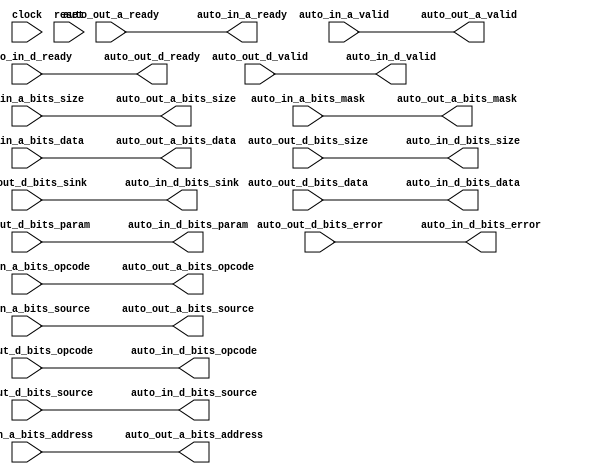
// Copyright (c) 2017, Microsemi Corporation
// All rights reserved.
//
// Redistribution and use in source and binary forms, with or without
// modification, are permitted provided that the following conditions are met:
//     * Redistributions of source code must retain the above copyright
//       notice, this list of conditions and the following disclaimer.
//     * Redistributions in binary form must reproduce the above copyright
//       notice, this list of conditions and the following disclaimer in the
//       documentation and/or other materials provided with the distribution.
//     * Neither the name of the <organization> nor the
//       names of its contributors may be used to endorse or promote products
//       derived from this software without specific prior written permission.
//
// THIS SOFTWARE IS PROVIDED BY THE COPYRIGHT HOLDERS AND CONTRIBUTORS "AS IS" AND
// ANY EXPRESS OR IMPLIED WARRANTIES, INCLUDING, BUT NOT LIMITED TO, THE IMPLIED
// WARRANTIES OF MERCHANTABILITY AND FITNESS FOR A PARTICULAR PURPOSE ARE
// DISCLAIMED. IN NO EVENT SHALL MICROSEMI CORPORATIONM BE LIABLE FOR ANY
// DIRECT, INDIRECT, INCIDENTAL, SPECIAL, EXEMPLARY, OR CONSEQUENTIAL DAMAGES
// (INCLUDING, BUT NOT LIMITED TO, PROCUREMENT OF SUBSTITUTE GOODS OR SERVICES;
// LOSS OF USE, DATA, OR PROFITS; OR BUSINESS INTERRUPTION) HOWEVER CAUSED AND
// ON ANY THEORY OF LIABILITY, WHETHER IN CONTRACT, STRICT LIABILITY, OR TORT
// (INCLUDING NEGLIGENCE OR OTHERWISE) ARISING IN ANY WAY OUT OF THE USE OF THIS
// SOFTWARE, EVEN IF ADVISED OF THE POSSIBILITY OF SUCH DAMAGE.
//
// APACHE LICENSE
// Copyright (c) 2017, Microsemi Corporation 
//
// Licensed under the Apache License, Version 2.0 (the "License");
// you may not use this file except in compliance with the License.
// You may obtain a copy of the License at
//
//    http://www.apache.org/licenses/LICENSE-2.0
//
// Unless required by applicable law or agreed to in writing, software
// distributed under the License is distributed on an "AS IS" BASIS,
// WITHOUT WARRANTIES OR CONDITIONS OF ANY KIND, either express or implied.
// See the License for the specific language governing permissions and
// limitations under the License.
//
// Description:
//
// SVN Revision Information:
// SVN $Revision: $
// SVN $Date: $
//
// Resolved SARs
// SAR      Date     Who   Description
//
// Notes:
//
// ****************************************************************************/
`ifndef RANDOMIZE_REG_INIT 
	 `define RANDOMIZE_REG_INIT 
 `endif
`ifndef RANDOMIZE_MEM_INIT 
	 `define RANDOMIZE_MEM_INIT 
 `endif
`ifndef RANDOMIZE 
	 `define RANDOMIZE 
`endif

`timescale 1ns/10ps
module MiV_AXI_MiV_AXI_0_MIV_RV32IMA_L1_AXI_TLXBAR_MEMORY_BUS( // @[:freechips.rocketchip.system.MivRV32ImaL1AhbConfig.fir@5293.2]
  input         clock, // @[:freechips.rocketchip.system.MivRV32ImaL1AhbConfig.fir@5294.4]
  input         reset, // @[:freechips.rocketchip.system.MivRV32ImaL1AhbConfig.fir@5295.4]
  output        auto_in_a_ready, // @[:freechips.rocketchip.system.MivRV32ImaL1AhbConfig.fir@5296.4]
  input         auto_in_a_valid, // @[:freechips.rocketchip.system.MivRV32ImaL1AhbConfig.fir@5296.4]
  input  [2:0]  auto_in_a_bits_opcode, // @[:freechips.rocketchip.system.MivRV32ImaL1AhbConfig.fir@5296.4]
  input  [2:0]  auto_in_a_bits_size, // @[:freechips.rocketchip.system.MivRV32ImaL1AhbConfig.fir@5296.4]
  input  [2:0]  auto_in_a_bits_source, // @[:freechips.rocketchip.system.MivRV32ImaL1AhbConfig.fir@5296.4]
  input  [31:0] auto_in_a_bits_address, // @[:freechips.rocketchip.system.MivRV32ImaL1AhbConfig.fir@5296.4]
  input  [7:0]  auto_in_a_bits_mask, // @[:freechips.rocketchip.system.MivRV32ImaL1AhbConfig.fir@5296.4]
  input  [63:0] auto_in_a_bits_data, // @[:freechips.rocketchip.system.MivRV32ImaL1AhbConfig.fir@5296.4]
  input         auto_in_d_ready, // @[:freechips.rocketchip.system.MivRV32ImaL1AhbConfig.fir@5296.4]
  output        auto_in_d_valid, // @[:freechips.rocketchip.system.MivRV32ImaL1AhbConfig.fir@5296.4]
  output [2:0]  auto_in_d_bits_opcode, // @[:freechips.rocketchip.system.MivRV32ImaL1AhbConfig.fir@5296.4]
  output [1:0]  auto_in_d_bits_param, // @[:freechips.rocketchip.system.MivRV32ImaL1AhbConfig.fir@5296.4]
  output [2:0]  auto_in_d_bits_size, // @[:freechips.rocketchip.system.MivRV32ImaL1AhbConfig.fir@5296.4]
  output [2:0]  auto_in_d_bits_source, // @[:freechips.rocketchip.system.MivRV32ImaL1AhbConfig.fir@5296.4]
  output        auto_in_d_bits_sink, // @[:freechips.rocketchip.system.MivRV32ImaL1AhbConfig.fir@5296.4]
  output [63:0] auto_in_d_bits_data, // @[:freechips.rocketchip.system.MivRV32ImaL1AhbConfig.fir@5296.4]
  output        auto_in_d_bits_error, // @[:freechips.rocketchip.system.MivRV32ImaL1AhbConfig.fir@5296.4]
  input         auto_out_a_ready, // @[:freechips.rocketchip.system.MivRV32ImaL1AhbConfig.fir@5296.4]
  output        auto_out_a_valid, // @[:freechips.rocketchip.system.MivRV32ImaL1AhbConfig.fir@5296.4]
  output [2:0]  auto_out_a_bits_opcode, // @[:freechips.rocketchip.system.MivRV32ImaL1AhbConfig.fir@5296.4]
  output [2:0]  auto_out_a_bits_size, // @[:freechips.rocketchip.system.MivRV32ImaL1AhbConfig.fir@5296.4]
  output [2:0]  auto_out_a_bits_source, // @[:freechips.rocketchip.system.MivRV32ImaL1AhbConfig.fir@5296.4]
  output [31:0] auto_out_a_bits_address, // @[:freechips.rocketchip.system.MivRV32ImaL1AhbConfig.fir@5296.4]
  output [7:0]  auto_out_a_bits_mask, // @[:freechips.rocketchip.system.MivRV32ImaL1AhbConfig.fir@5296.4]
  output [63:0] auto_out_a_bits_data, // @[:freechips.rocketchip.system.MivRV32ImaL1AhbConfig.fir@5296.4]
  output        auto_out_d_ready, // @[:freechips.rocketchip.system.MivRV32ImaL1AhbConfig.fir@5296.4]
  input         auto_out_d_valid, // @[:freechips.rocketchip.system.MivRV32ImaL1AhbConfig.fir@5296.4]
  input  [2:0]  auto_out_d_bits_opcode, // @[:freechips.rocketchip.system.MivRV32ImaL1AhbConfig.fir@5296.4]
  input  [1:0]  auto_out_d_bits_param, // @[:freechips.rocketchip.system.MivRV32ImaL1AhbConfig.fir@5296.4]
  input  [2:0]  auto_out_d_bits_size, // @[:freechips.rocketchip.system.MivRV32ImaL1AhbConfig.fir@5296.4]
  input  [2:0]  auto_out_d_bits_source, // @[:freechips.rocketchip.system.MivRV32ImaL1AhbConfig.fir@5296.4]
  input         auto_out_d_bits_sink, // @[:freechips.rocketchip.system.MivRV32ImaL1AhbConfig.fir@5296.4]
  input  [63:0] auto_out_d_bits_data, // @[:freechips.rocketchip.system.MivRV32ImaL1AhbConfig.fir@5296.4]
  input         auto_out_d_bits_error // @[:freechips.rocketchip.system.MivRV32ImaL1AhbConfig.fir@5296.4]
);
  wire  _T_847; // @[Arbiter.scala 66:62:freechips.rocketchip.system.MivRV32ImaL1AhbConfig.fir@5431.4]
  wire  _T_855; // @[Arbiter.scala 68:36:freechips.rocketchip.system.MivRV32ImaL1AhbConfig.fir@5441.4]
  wire  _T_857; // @[Arbiter.scala 68:14:freechips.rocketchip.system.MivRV32ImaL1AhbConfig.fir@5443.4]
  wire  _T_859; // @[Arbiter.scala 68:14:freechips.rocketchip.system.MivRV32ImaL1AhbConfig.fir@5444.4]
  wire  _T_924; // @[Arbiter.scala 66:62:freechips.rocketchip.system.MivRV32ImaL1AhbConfig.fir@5481.4]
  wire  _T_932; // @[Arbiter.scala 68:36:freechips.rocketchip.system.MivRV32ImaL1AhbConfig.fir@5491.4]
  wire  _T_934; // @[Arbiter.scala 68:14:freechips.rocketchip.system.MivRV32ImaL1AhbConfig.fir@5493.4]
  wire  _T_936; // @[Arbiter.scala 68:14:freechips.rocketchip.system.MivRV32ImaL1AhbConfig.fir@5494.4]
  assign _T_847 = auto_in_a_valid == 1'h0; // @[Arbiter.scala 66:62:freechips.rocketchip.system.MivRV32ImaL1AhbConfig.fir@5431.4]
  assign _T_855 = _T_847 | auto_in_a_valid; // @[Arbiter.scala 68:36:freechips.rocketchip.system.MivRV32ImaL1AhbConfig.fir@5441.4]
  assign _T_857 = _T_855 | reset; // @[Arbiter.scala 68:14:freechips.rocketchip.system.MivRV32ImaL1AhbConfig.fir@5443.4]
  assign _T_859 = _T_857 == 1'h0; // @[Arbiter.scala 68:14:freechips.rocketchip.system.MivRV32ImaL1AhbConfig.fir@5444.4]
  assign _T_924 = auto_out_d_valid == 1'h0; // @[Arbiter.scala 66:62:freechips.rocketchip.system.MivRV32ImaL1AhbConfig.fir@5481.4]
  assign _T_932 = _T_924 | auto_out_d_valid; // @[Arbiter.scala 68:36:freechips.rocketchip.system.MivRV32ImaL1AhbConfig.fir@5491.4]
  assign _T_934 = _T_932 | reset; // @[Arbiter.scala 68:14:freechips.rocketchip.system.MivRV32ImaL1AhbConfig.fir@5493.4]
  assign _T_936 = _T_934 == 1'h0; // @[Arbiter.scala 68:14:freechips.rocketchip.system.MivRV32ImaL1AhbConfig.fir@5494.4]
  assign auto_in_a_ready = auto_out_a_ready;
  assign auto_in_d_valid = auto_out_d_valid;
  assign auto_in_d_bits_opcode = auto_out_d_bits_opcode;
  assign auto_in_d_bits_param = auto_out_d_bits_param;
  assign auto_in_d_bits_size = auto_out_d_bits_size;
  assign auto_in_d_bits_source = auto_out_d_bits_source;
  assign auto_in_d_bits_sink = auto_out_d_bits_sink;
  assign auto_in_d_bits_data = auto_out_d_bits_data;
  assign auto_in_d_bits_error = auto_out_d_bits_error;
  assign auto_out_a_valid = auto_in_a_valid;
  assign auto_out_a_bits_opcode = auto_in_a_bits_opcode;
  assign auto_out_a_bits_size = auto_in_a_bits_size;
  assign auto_out_a_bits_source = auto_in_a_bits_source;
  assign auto_out_a_bits_address = auto_in_a_bits_address;
  assign auto_out_a_bits_mask = auto_in_a_bits_mask;
  assign auto_out_a_bits_data = auto_in_a_bits_data;
  assign auto_out_d_ready = auto_in_d_ready;
  always @(posedge clock) begin
    `ifndef SYNTHESIS
    `ifdef PRINTF_COND
      if (`PRINTF_COND) begin
    `endif
        if (1'h0) begin
          $fwrite(32'h80000002,"Assertion failed\n    at Arbiter.scala:66 assert((prefixOR zip winner) map { case (p,w) => !p || !w } reduce {_ && _})\n"); // @[Arbiter.scala 66:13:freechips.rocketchip.system.MivRV32ImaL1AhbConfig.fir@5437.6]
        end
    `ifdef PRINTF_COND
      end
    `endif
    `endif // SYNTHESIS
    `ifndef SYNTHESIS
    `ifdef STOP_COND
      if (`STOP_COND) begin
    `endif
        if (1'h0) begin
          $fatal; // @[Arbiter.scala 66:13:freechips.rocketchip.system.MivRV32ImaL1AhbConfig.fir@5438.6]
        end
    `ifdef STOP_COND
      end
    `endif
    `endif // SYNTHESIS
    `ifndef SYNTHESIS
    `ifdef PRINTF_COND
      if (`PRINTF_COND) begin
    `endif
        if (_T_859) begin
          $fwrite(32'h80000002,"Assertion failed\n    at Arbiter.scala:68 assert (!valids.reduce(_||_) || winner.reduce(_||_))\n"); // @[Arbiter.scala 68:14:freechips.rocketchip.system.MivRV32ImaL1AhbConfig.fir@5446.6]
        end
    `ifdef PRINTF_COND
      end
    `endif
    `endif // SYNTHESIS
    `ifndef SYNTHESIS
    `ifdef STOP_COND
      if (`STOP_COND) begin
    `endif
        if (_T_859) begin
          $fatal; // @[Arbiter.scala 68:14:freechips.rocketchip.system.MivRV32ImaL1AhbConfig.fir@5447.6]
        end
    `ifdef STOP_COND
      end
    `endif
    `endif // SYNTHESIS
    `ifndef SYNTHESIS
    `ifdef PRINTF_COND
      if (`PRINTF_COND) begin
    `endif
        if (1'h0) begin
          $fwrite(32'h80000002,"Assertion failed\n    at Arbiter.scala:66 assert((prefixOR zip winner) map { case (p,w) => !p || !w } reduce {_ && _})\n"); // @[Arbiter.scala 66:13:freechips.rocketchip.system.MivRV32ImaL1AhbConfig.fir@5487.6]
        end
    `ifdef PRINTF_COND
      end
    `endif
    `endif // SYNTHESIS
    `ifndef SYNTHESIS
    `ifdef STOP_COND
      if (`STOP_COND) begin
    `endif
        if (1'h0) begin
          $fatal; // @[Arbiter.scala 66:13:freechips.rocketchip.system.MivRV32ImaL1AhbConfig.fir@5488.6]
        end
    `ifdef STOP_COND
      end
    `endif
    `endif // SYNTHESIS
    `ifndef SYNTHESIS
    `ifdef PRINTF_COND
      if (`PRINTF_COND) begin
    `endif
        if (_T_936) begin
          $fwrite(32'h80000002,"Assertion failed\n    at Arbiter.scala:68 assert (!valids.reduce(_||_) || winner.reduce(_||_))\n"); // @[Arbiter.scala 68:14:freechips.rocketchip.system.MivRV32ImaL1AhbConfig.fir@5496.6]
        end
    `ifdef PRINTF_COND
      end
    `endif
    `endif // SYNTHESIS
    `ifndef SYNTHESIS
    `ifdef STOP_COND
      if (`STOP_COND) begin
    `endif
        if (_T_936) begin
          $fatal; // @[Arbiter.scala 68:14:freechips.rocketchip.system.MivRV32ImaL1AhbConfig.fir@5497.6]
        end
    `ifdef STOP_COND
      end
    `endif
    `endif // SYNTHESIS
  end
endmodule